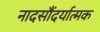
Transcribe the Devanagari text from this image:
नादसौंदर्यात्मक